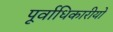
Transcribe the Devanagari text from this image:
पूर्वाधिकारीयों